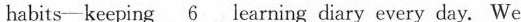
habits-keeping \underline{6} learning diary every day. We